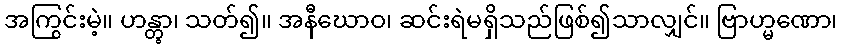
အကြွင်းမဲ့။ ဟန္တွာ၊ သတ်၍။ အနီဃောဝ၊ ဆင်းရဲမရှိသည်ဖြစ်၍သာလျှင်။ ဗြာဟ္မဏော၊